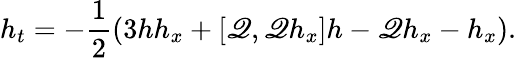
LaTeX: h_{t}=-\frac{1}{2}\left(3hh_{x}+[\mathscr{Q},\mathscr{Q}h_{x}]h-\mathscr{Q}h_{x}-h_{x}\right).